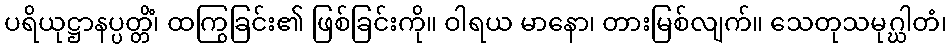
ပရိယုဋ္ဌာနပ္ပတ္တိံ၊ ထကြွခြင်း၏ ဖြစ်ခြင်းကို။ ဝါရယ မာနော၊ တားမြစ်လျက်။ သေတုသမုဂ္ဃါတံ၊